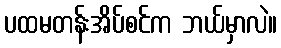
ပထမတန်းအိပ်စင်က ဘယ်မှာလဲ။